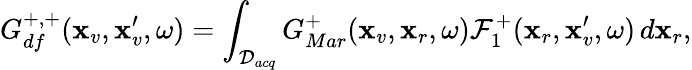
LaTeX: G_{df}^{+,+}(\textbf{x}_{v},\textbf{x}_{v}^{\prime},\omega)=\int_{\mathcal{D}_{acq}}G_{Mar}^{+}(\textbf{x}_{v},\textbf{x}_{r},\omega)\mathcal{F}_{1}^{+}(\textbf{x}_{r},\textbf{x}_{v}^{\prime},\omega)\, d\textbf{x}_{r},